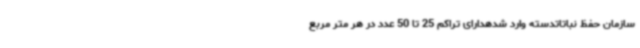
سازمان حفظ نباتاتدسته وارد شدهدارای تراکم 25 تا 50 عدد در هر متر مربع